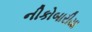
નીકોબારીયા